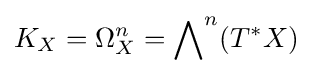
K_{X}=\Omega _{X}^{n}={\bigwedge }^{n}(T^{*}X)